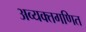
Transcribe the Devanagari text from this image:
अव्यक्तगणित